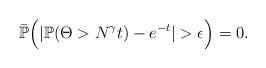
LaTeX: \begin{align*}\bar{\mathbb{P}}\Big(|\mathbb{P}(\Theta > N^{\gamma}t) - e^{-t}| > \epsilon\Big) = 0.\end{align*}